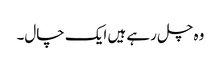
وہ چل رہے ہیں ایک چال۔